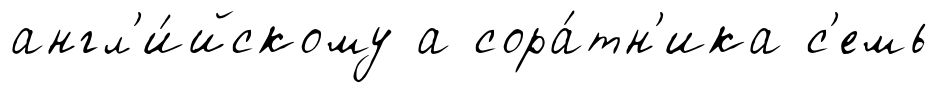
англ'и́йскому а сора́тн'ика с'емь